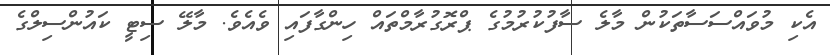
އެކި މުވައްސަސާތަކުން މާލެ ސާފުކުރުމުގެ ޕްރޮގުރާމްތައް ހިންގާފައި ވެއެވެ. މާލޭ ސިޓީ ކައުންސިލްގެ